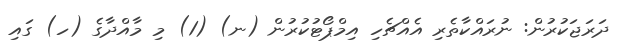
ދަރަޖަކުރުން: ނުރައްކާތެރި އެއްޗެހި އިމްޕޯޓުކުރުން (ނ) (1) މި މާއްދާގެ (ހ) ގައި